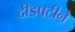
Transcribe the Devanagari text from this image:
दीडपटीने